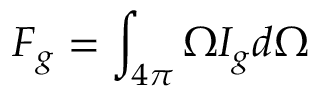
\boldsymbol { F } _ { g } = \int _ { 4 \pi } \boldsymbol { \Omega } I _ { g } d \Omega